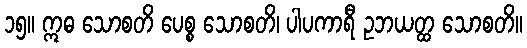
၁၅။ ဣဓ သောစတိ ပေစ္စ သောစတိ၊ ပါပကာရီ ဥဘယတ္ထ သောစတိ။